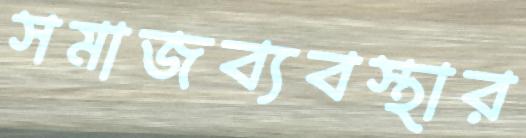
সমাজব্যবস্থার